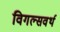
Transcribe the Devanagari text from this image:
विगल्सवर्थ